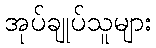
အုပ်ချုပ်သူများ